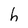
Character: h